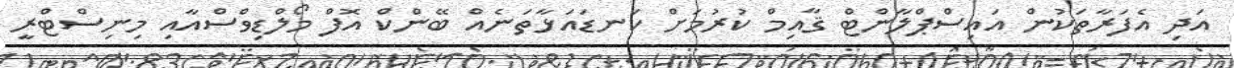
އަދި އެފަރާތަކުން އައިސްޕްލާންޓް ޤާއިމް ކުރުމަށް ކަނޑައަޅާތަނެއް ބޭންކް އޮފް މޯލްޑިވްސްއާއި މިނިސްޓްރީ